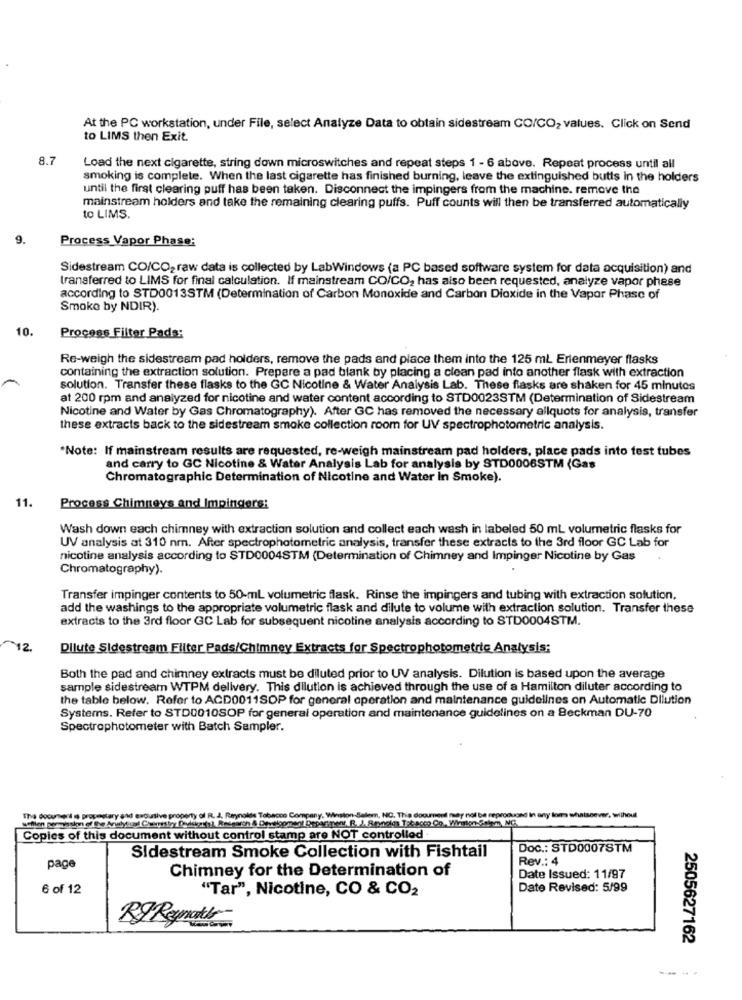
At the PC workstation, under File, select Analyze Data to obtain sidestream CO/CO2 values. Click on Send
to LIMS then Exit.
8.7
Load the next cigarette, string down microswitches and repeat steps 1 - 6 above. Repeat process until all
smoking is complete. When the last cigarette has finished burning, leave the extinguished butts in the holders
until the first clearing puff has been taken. Disconnect the impingers from the machine. remove the
mainstream holders and take the remaining clearing puffs. Puff counts will then be transferred automatically
to LIMS.
9.
Process Vapor Phase:
Sidestream CO/CO2 raw data is collected by LabWindows (a PC based software system for data acquisition) and
transferred to LIMS for final calculation. If mainstream CO/CO, has also been requested, analyze vapor phese
according to STD0013STM (Determination of Carbon Monoxide and Carbon Dioxide in the Vapor Phase of
Smoke by NDIR).
10.
Process Filter Pads:
Re-weigh the sidestream pad holders, remove the pads and place them into the 125 ml Erlenmeyer flasks
containing the extraction solution. Prepare a pad blank by placing a clean pad into another flask with extraction
solution. Transfer these flasks to the GC Nicotine & Water Analysis Lab. These flasks are shaken for 45 minutos
at 200 rpm and analyzed for nicotine and water content according to STD0023STM (Determination of Sidestream
Nicotine and Water by Gas Chromatography). After GC has removed the necessary allquots for analysis, transfer
these extracts back to the sidestream smoke collection room for UV spectrophotometric analysis.
"Note: If mainstream results are requested, re-weigh mainstream pad holders, place pads into fest tubes
and carry to GC Nicotine & Water Analysis Lab for analysis by STD0006STM (Gas
Chromatographic Determination of Nicotine and Water in Smoke).
11.
Process Chimneys and Impingers:
Wash down each chimney with extraction solution and collect each wash in labeled 50 mL volumetric flasks for
UV analysis at 310 nm. After spectrophotometric analysis, transfer these extracts to the 3rd floor GC Lab for
nicotine analysis according to STD0004STM (Determination of Chimney and Impinger Nicotine by Gas
Chromatography).
Transfer impinger contents to 50-mL volumetric flask. Rinse the impingers and tubing with extraction solution,
add the washings to the appropriate volumetric flask and dilute to volume with extraction solution. Transfer these
extracts to the 3rd floor GC Lab for subsequent nicotine analysis according to STD0004STM.
12.
Dilute Sidestream Filter Pads/Chimney Extracts for Spectrophotometric Analysis:
Both the pad and chimney extracts must be diluted prior to UV analysis. Dilution is based upon the average
sample sidestream WTPM delivery. This dilution is achieved through the use of a Hamilton diluter according to
the table below. Refer to ACD0011SOP for general operation and maintenance guidelines on Automatic Dilution
Systems. Refer to STD0010SOP for general operation and maintenance guidelines on a Beckman DU-70
Spectrophotometer with Batch Sampler.
The document of propostary and exclusive property of R. d. Reynolds Tobacco Company, Winston Salem, NC. This document may not be reproduced in any lom whatsoever, without
Copies of this document without control stamp are NOT controlled
Doc .: STD0007STM
Sidestream Smoke Collection with Fishtail
Rev .: 4
page
Chimney for the Determination of
Date Issued: 11/97
6 of 12
"Tar", Nicotine, CO & CO2
Date Revised: 5/99
RJReynath
2505627162